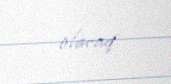
olacaq.